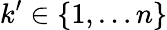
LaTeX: k^{\prime}\in\{ 1,\dots n\}